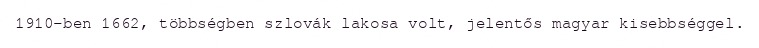
1910-ben 1662, többségben szlovák lakosa volt, jelentős magyar kisebbséggel.